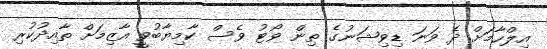
އިލްހާމަށް ދެ ވަނަ ޑިވިޝަނުގެ ތިން ވޯޓު ވެސް ކާމިޔާބުވީ އާޒިމަށް ތާއިދުކުރި